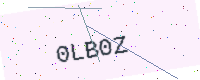
Text: 0LB0Z